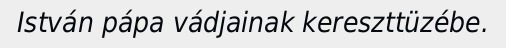
István pápa vádjainak kereszttüzébe.